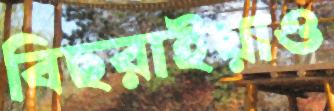
বিছরাইয়াও